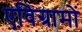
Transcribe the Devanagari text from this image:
एविग्रामों